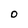
Character: O